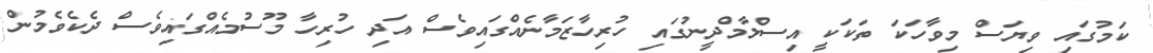
ކަމުގައި ވިޔަސް މިވާހަކަ ތަކަކީ އިސްލާމްދީނުގައި ހުރިހާޒަމާނެއްގައިވެސް އަދި ހުރިހާ މޫސުމެއްގައިވެސް ދެކެވެމުން